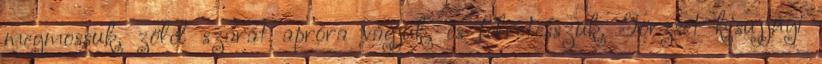
megmossuk, zöld szárát apróra vágjuk, és félretesszük. Törzsét kisujjnyi